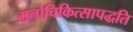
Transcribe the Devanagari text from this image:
मनोचिकित्सापद्धति